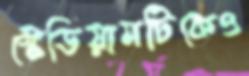
স্টেডিয়ামটিকেও